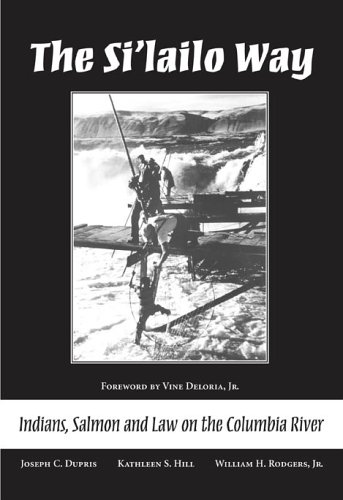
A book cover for The Si'lailo Way: Indians, Salmon, and Law on the Columbia River; Joseph C. Dupris; Law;